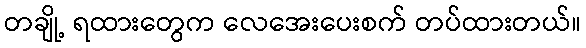
တချို့ ရထားတွေက လေအေးပေးစက် တပ်ထားတယ်။